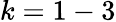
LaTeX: k=1-3